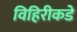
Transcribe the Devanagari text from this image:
विहिरीकडे